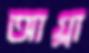
আগ্‌লা